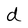
Character: d